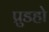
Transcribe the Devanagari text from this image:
प्रुडहो